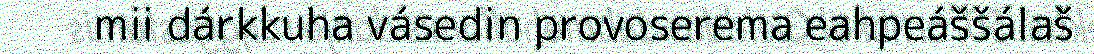
mii dárkkuha vásedin provoserema eahpeáššálaš